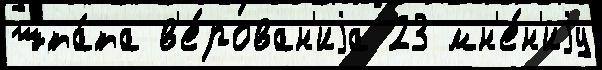
шта́та в'е́рован'иjа 23 мн'е́н'иjу